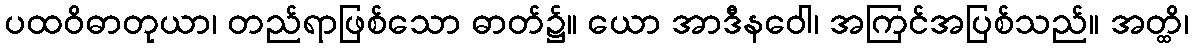
ပထဝိဓာတုယာ၊ တည်ရာဖြစ်သော ဓာတ်၌။ ယော အာဒီနဝေါ၊ အကြင်အပြစ်သည်။ အတ္ထိ၊